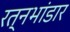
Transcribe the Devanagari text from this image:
रत्नभांडार